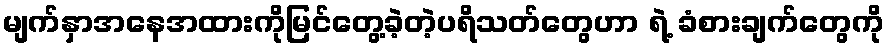
မျက်နှာအနေအထားကိုမြင်တွေ့ခဲ့တဲ့ပရိသတ်တွေဟာ ရဲ့ ခံစားချက်တွေကို